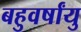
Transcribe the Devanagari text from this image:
बहुवर्षांयु